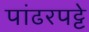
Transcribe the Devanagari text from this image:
पांढरपट्टे